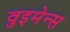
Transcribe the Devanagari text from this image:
वुइमेन्स